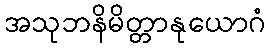
အသုဘနိမိတ္တာနုယောဂံ